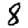
Digit: 8